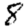
Digit: 8